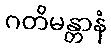
ဂတိမန္တာနံ